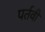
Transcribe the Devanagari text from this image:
पर्तवी